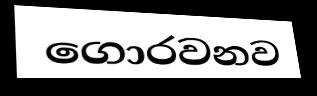
ගොරවනව